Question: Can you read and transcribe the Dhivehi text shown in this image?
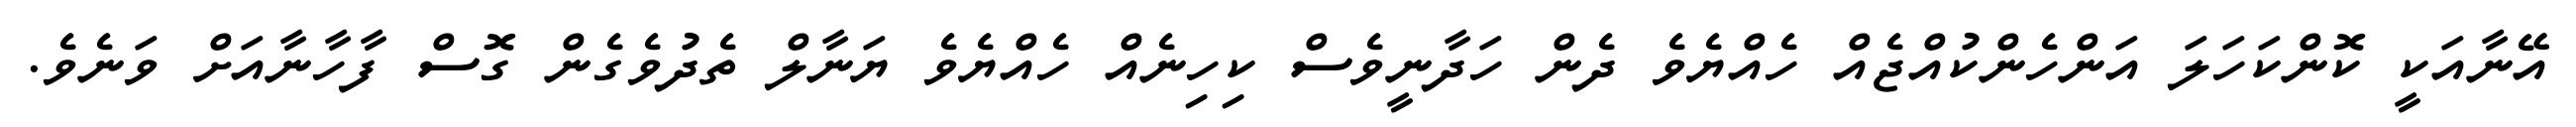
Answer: އޭނާއަކީ ކޮންކަހަލަ އަންހެންކުއްޖެއް ހެއްޔެވެ ދެން ހަދާނީވެސް ކިހިނެއް ހެއްޔެވެ ޔަނާލް ތެދުވެގެން ގޮސް ފާހާނާއަށް ވަނެވެ.